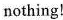
nothing!